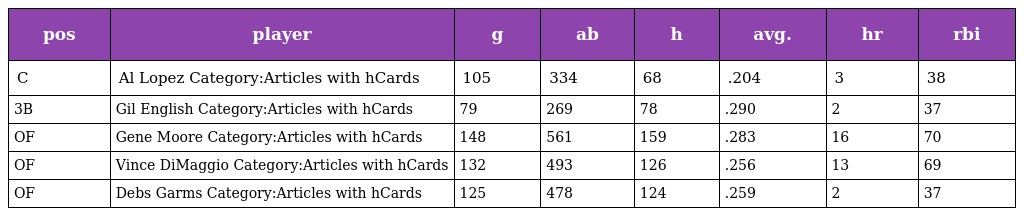
| pos | player | g | ab | h | avg. | hr | rbi |
 | --- | --- | --- | --- | --- | --- | --- | --- |
 | C | Al Lopez Category:Articles with hCards | 105 | 334 | 68 | .204 | 3 | 38 |
 | 3B | Gil English Category:Articles with hCards | 79 | 269 | 78 | .290 | 2 | 37 |
 | OF | Gene Moore Category:Articles with hCards | 148 | 561 | 159 | .283 | 16 | 70 |
 | OF | Vince DiMaggio Category:Articles with hCards | 132 | 493 | 126 | .256 | 13 | 69 |
 | OF | Debs Garms Category:Articles with hCards | 125 | 478 | 124 | .259 | 2 | 37 |